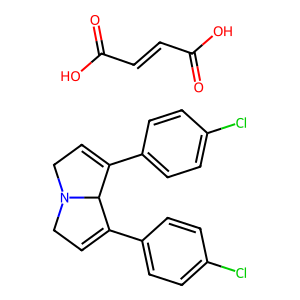
SMILES: Clc1ccc(C2=CCN3CC=C(c4ccc(Cl)cc4)C23)cc1.O=C(O)C=CC(=O)O
Inhibits HIV replication: No